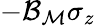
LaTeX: -{\mathcal{B}}_{{\mathcal{M}}}\sigma_{z}